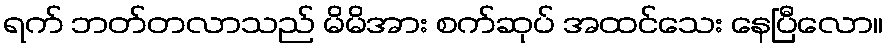
ရက် ဘတ်တလာသည် မိမိအား စက်ဆုပ် အထင်သေး နေပြီလော။